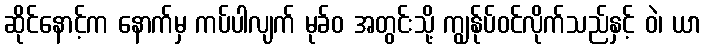
ဆိုင်နောင့်က နောက်မှ ကပ်ပါလျက် မုခ်ဝ အတွင်းသို့ ကျွန်ုပ်ဝင်လိုက်သည်နှင့် ဝဲ၊ ယာ